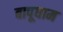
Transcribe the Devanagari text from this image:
बापूधाम